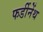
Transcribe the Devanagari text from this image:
फर्डीनेंथ